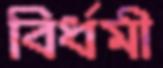
বির্ধমী